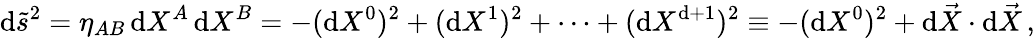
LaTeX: \mathrm{d}\tilde{{s}}^{2}=\eta_{AB}\, \mathrm{d}X^{A}\, \mathrm{d}X^{B}=-(\mathrm{d}X^{0})^{2}+(\mathrm{d}X^{1})^{2}+\dots+(\mathrm{d}X^{\mathrm{d}+1})^{2}\equiv-(\mathrm{d}X^{0})^{2}+\mathrm{d}\vec{{X}}\cdot\mathrm{d}\vec{{X}}\, ,